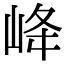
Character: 𡶶